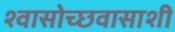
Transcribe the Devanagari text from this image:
श्वासोच्छवासाशी